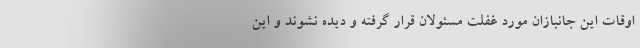
اوقات این جانبازان مورد غفلت مسئولان قرار گرفته و دیده نشوند و این